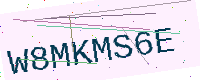
Text: W8MKMS6E